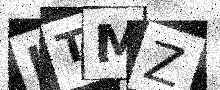
Text: KTMZ